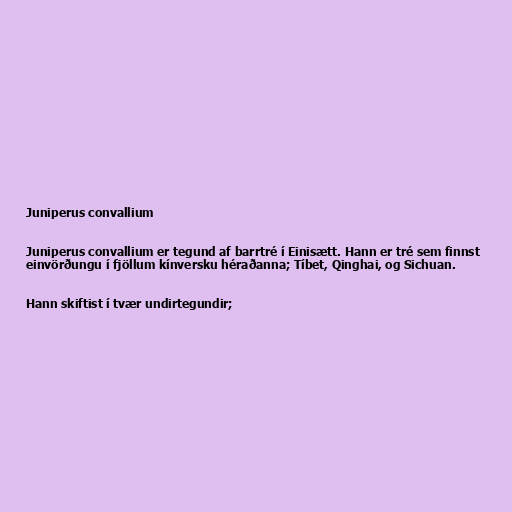
Juniperus convallium

Juniperus convallium er tegund af barrtré í Einisætt. Hann er tré sem finnst
einvörðungu í fjöllum kínversku héraðanna; Tíbet, Qinghai, og Sichuan.

Hann skiftist í tvær undirtegundir;